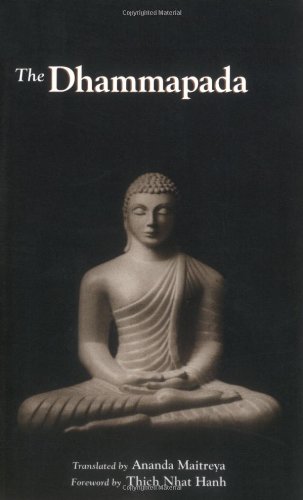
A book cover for The Dhammapada; Religion & Spirituality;